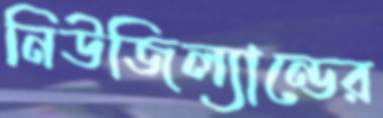
নিউজিল্যান্ডের